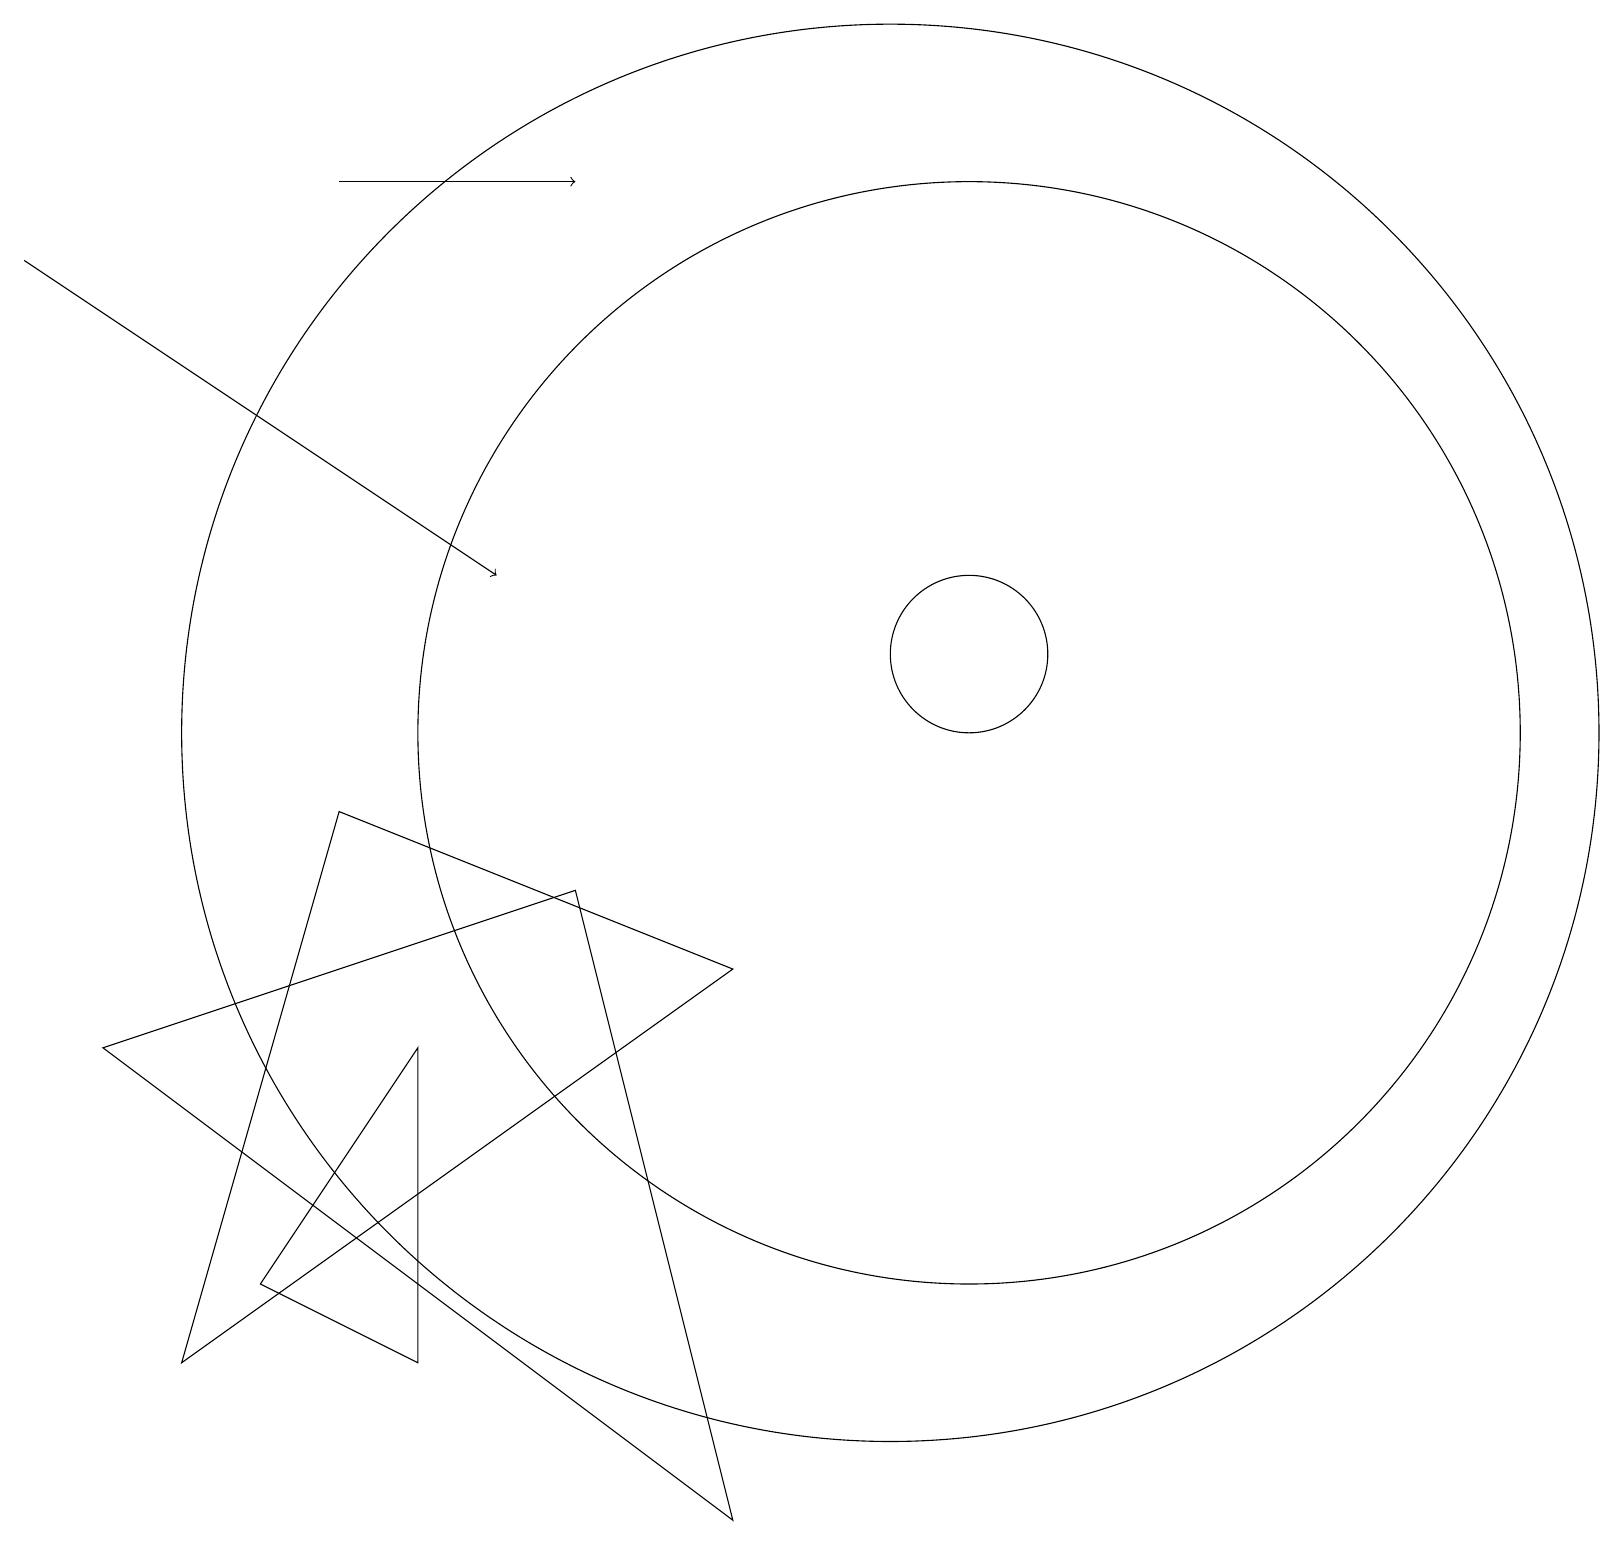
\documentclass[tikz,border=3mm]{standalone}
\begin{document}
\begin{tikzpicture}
\draw (5,6) -- (3,3) -- (5,2) -- cycle;
\draw[->] (4,17) -- (7,17);
\draw (12,10) circle (7);
\draw (12,11) circle (1);
\draw[->] (0,16) -- (6,12);
\draw (4,9) -- (2,2) -- (9,7) -- cycle;
\draw (11,10) circle (9);
\draw (9,0) -- (7,8) -- (1,6) -- cycle;
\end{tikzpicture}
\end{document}